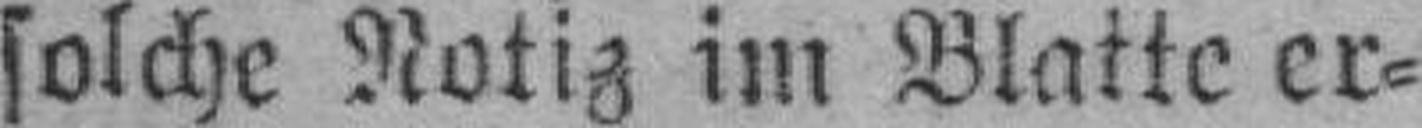
solche Notiz im Blatte er¬